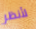
لأنظر